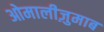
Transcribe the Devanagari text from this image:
ओमालीज़ुमाब